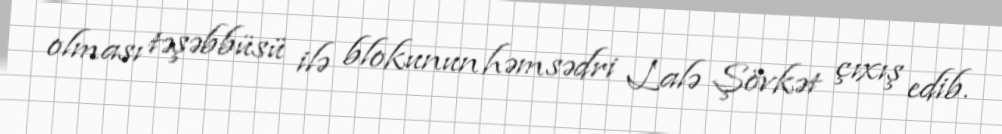
olması təşəbbüsü ilə blokunun həmsədri Lalə Şövkət çıxış edib.